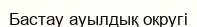
Бастау ауылдық округі